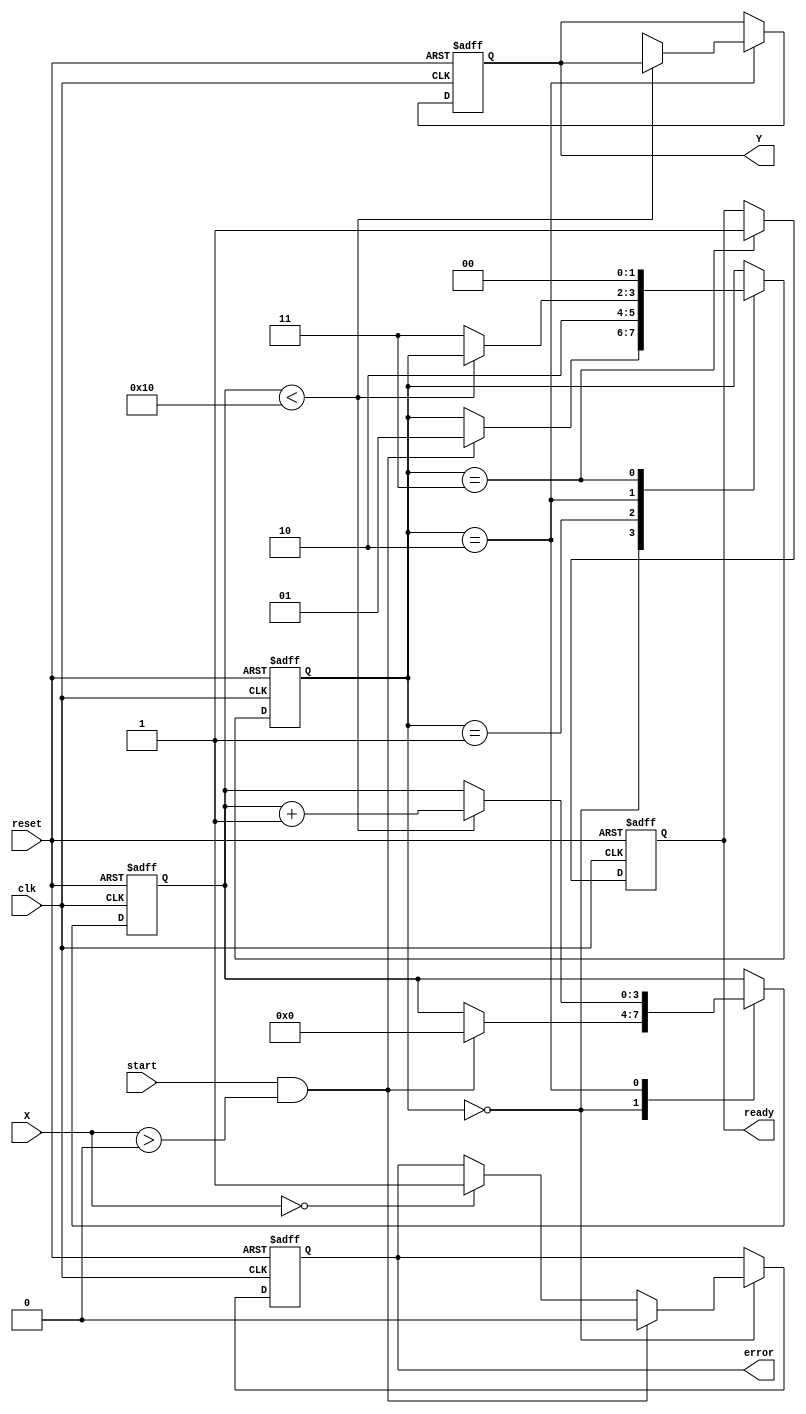
module cordic_reciprocal (
    input wire clk,
    input wire reset,
    input wire start,
    input wire [15:0] X,           // Input value (fixed-point) - [0, 1]
    output reg [15:0] Y,           // Reciprocal result (fixed-point)
    output reg ready,              // Ready signal
    output reg error               // Error signal
);

    // Parameters for CORDIC
    parameter NUM_ITERATIONS = 16; // Number of iterations for CORDIC
    parameter K = 16'hBB67;         // For fixed-point scaling (K = 1/sqrt(1+2^(-1)))
    
    reg [15:0] x[0:NUM_ITERATIONS-1]; // Internal x vector
    reg [15:0] y[0:NUM_ITERATIONS-1]; // Internal y vector
    reg [3:0] iteration;               // Iteration counter
    reg [15:0] angle;                  // Current angle
    reg [15:0] angle_table [0:NUM_ITERATIONS-1]; // CORDIC angle table (arctan values)
    
    // Initialize angle table
    initial begin
        angle_table[0] = 16'h3243; // arctan(2^-0)
        angle_table[1] = 16'h1DAC; // arctan(2^-1)
        angle_table[2] = 16'h0FAE; // arctan(2^-2)
        angle_table[3] = 16'h07F5; // arctan(2^-3)
        angle_table[4] = 16'h03FE; // arctan(2^-4)
        // Fill the rest as needed
        // ...
    end

    // State machine parameters
    reg [1:0] state;                    // State variable
    localparam IDLE = 2'b00,             // State definitions
               INIT = 2'b01,
               COMPUTE = 2'b10,
               DONE = 2'b11;

    // Internal computation procedure
    always @(posedge clk or posedge reset) begin
        if (reset) begin
            Y <= 16'h0000;
            ready <= 0;
            error <= 0;
            state <= IDLE;
            iteration <= 0;
        end else begin
            case (state)
                IDLE: begin
                    if (start && (X > 0)) begin // Check for valid input
                        x[0] <= X * K;         // Initial guess
                        y[0] <= 16'h0001;      // Start with (y = 1)
                        iteration <= 0;
                        error <= 0;
                        state <= INIT;
                    end else if (X == 0) begin
                        error <= 1;            // Division by zero
                    end
                end
                
                INIT: begin
                    angle <= 0;               // Reset angle
                    state <= COMPUTE;
                end
                
                COMPUTE: begin
                    if (iteration < NUM_ITERATIONS) begin
                        // Perform CORDIC iteration
                        if (x[iteration] < 0) begin // Determine direction of rotation
                            x[iteration + 1] = x[iteration] + (y[iteration] >> iteration);
                            y[iteration + 1] = y[iteration] - (x[iteration] >> iteration);
                            angle <= angle - angle_table[iteration]; // Update angle
                        end else begin
                            x[iteration + 1] = x[iteration] - (y[iteration] >> iteration);
                            y[iteration + 1] = y[iteration] + (x[iteration] >> iteration);
                            angle <= angle + angle_table[iteration]; // Update angle
                        end
                        iteration <= iteration + 1; // Increment iteration
                    end else begin
                        Y <= y[NUM_ITERATIONS];  // Final reciprocal result
                        state <= DONE;
                    end
                end
                
                DONE: begin
                    ready <= 1;                 // Indicate the computation is done
                    state <= IDLE;              // Go back to IDLE state
                end
                
            endcase
        end
    end

endmodule